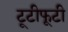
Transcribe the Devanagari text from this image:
टूटीफूटी